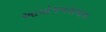
આયોજનસમાજ